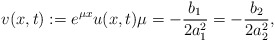
\begin{align*} v(x, t) := e^{\mu x} u(x, t) \mu = -\frac{b_{1}}{2 a_{1}^{2}} = -\frac{b_{2}}{2 a_{2}^{2}}, \end{align*}